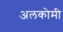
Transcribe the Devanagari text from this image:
अलकोमी